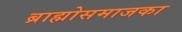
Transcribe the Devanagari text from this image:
ब्राह्मोसमाजका